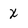
Character: x